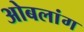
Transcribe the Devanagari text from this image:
ओबलांग